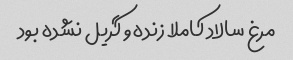
مرغ سالاد کاملا زنده و گریل نشده بود